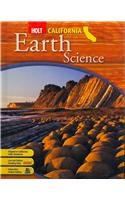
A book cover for Holt Science California: Student Edition Grade 6 Earth 2007; RINEHART AND WINSTON HOLT; Teen & Young Adult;